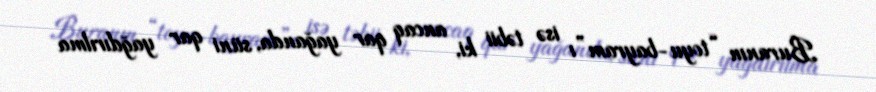
Buranın “toyu-bayram”ı isə təbii ki, ancaq qar yağanda, süni qar yağdırılma